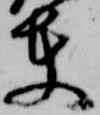
夫